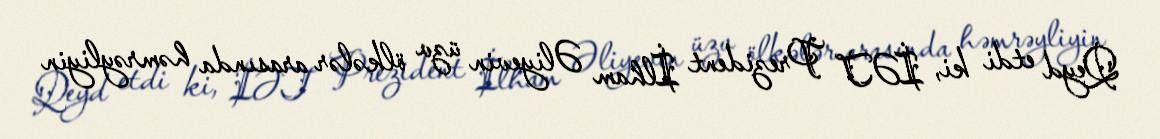
Qeyd etdi ki, İƏT Prezident İlham Əliyevin üzv ölkələr arasında həmrəyliyin